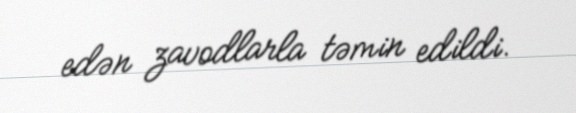
edən zavodlarla təmin edildi.